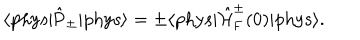
\langle \mathrm { p h y s } | \hat { \mathrm { P } } _ { \pm } | \mathrm { p h y s } \rangle = \pm \langle \mathrm { p h y s } | \hat { \cal H } _ { \mathrm { F } } ^ { \pm } ( 0 ) | \mathrm { p h y s } \rangle .